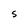
Character: S